Bréfritari: Jakobína Jónsdóttir
Viðtakandi: Sólveig Jónsdóttir
Dagsetning: A-1858-03-28
Skrifað á: Hólmum  S-Múl.
systir bréfviðtakanda

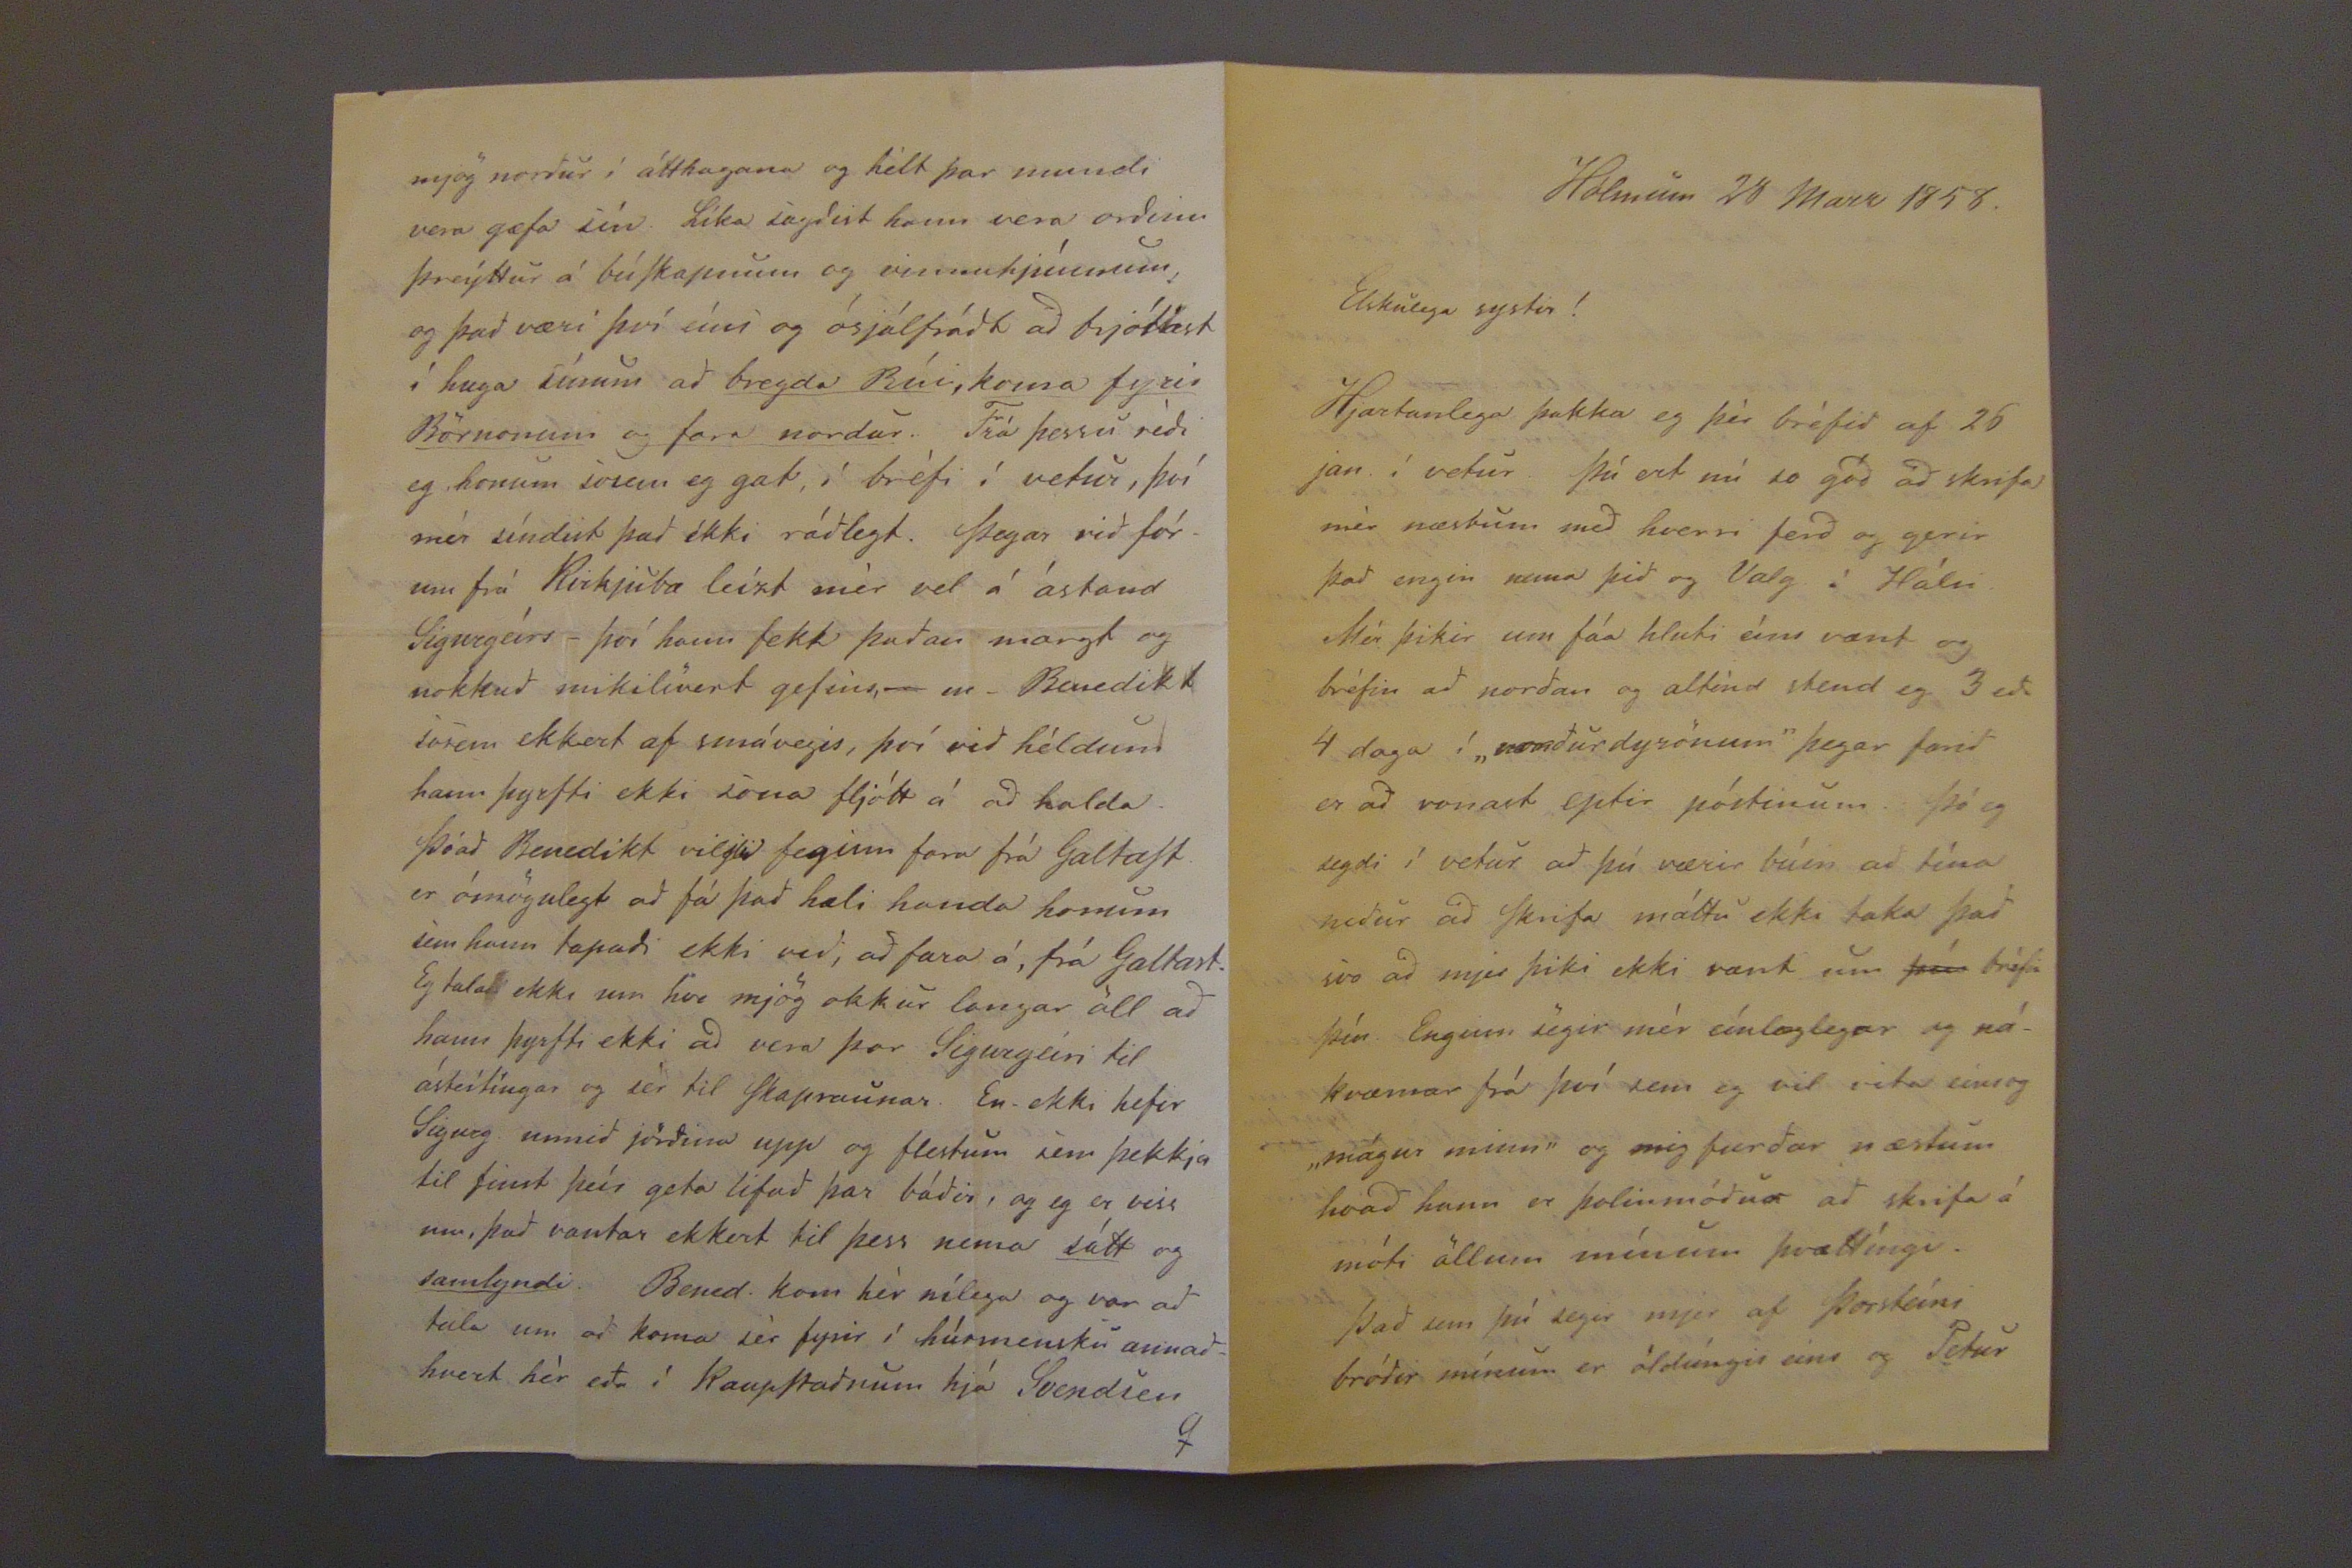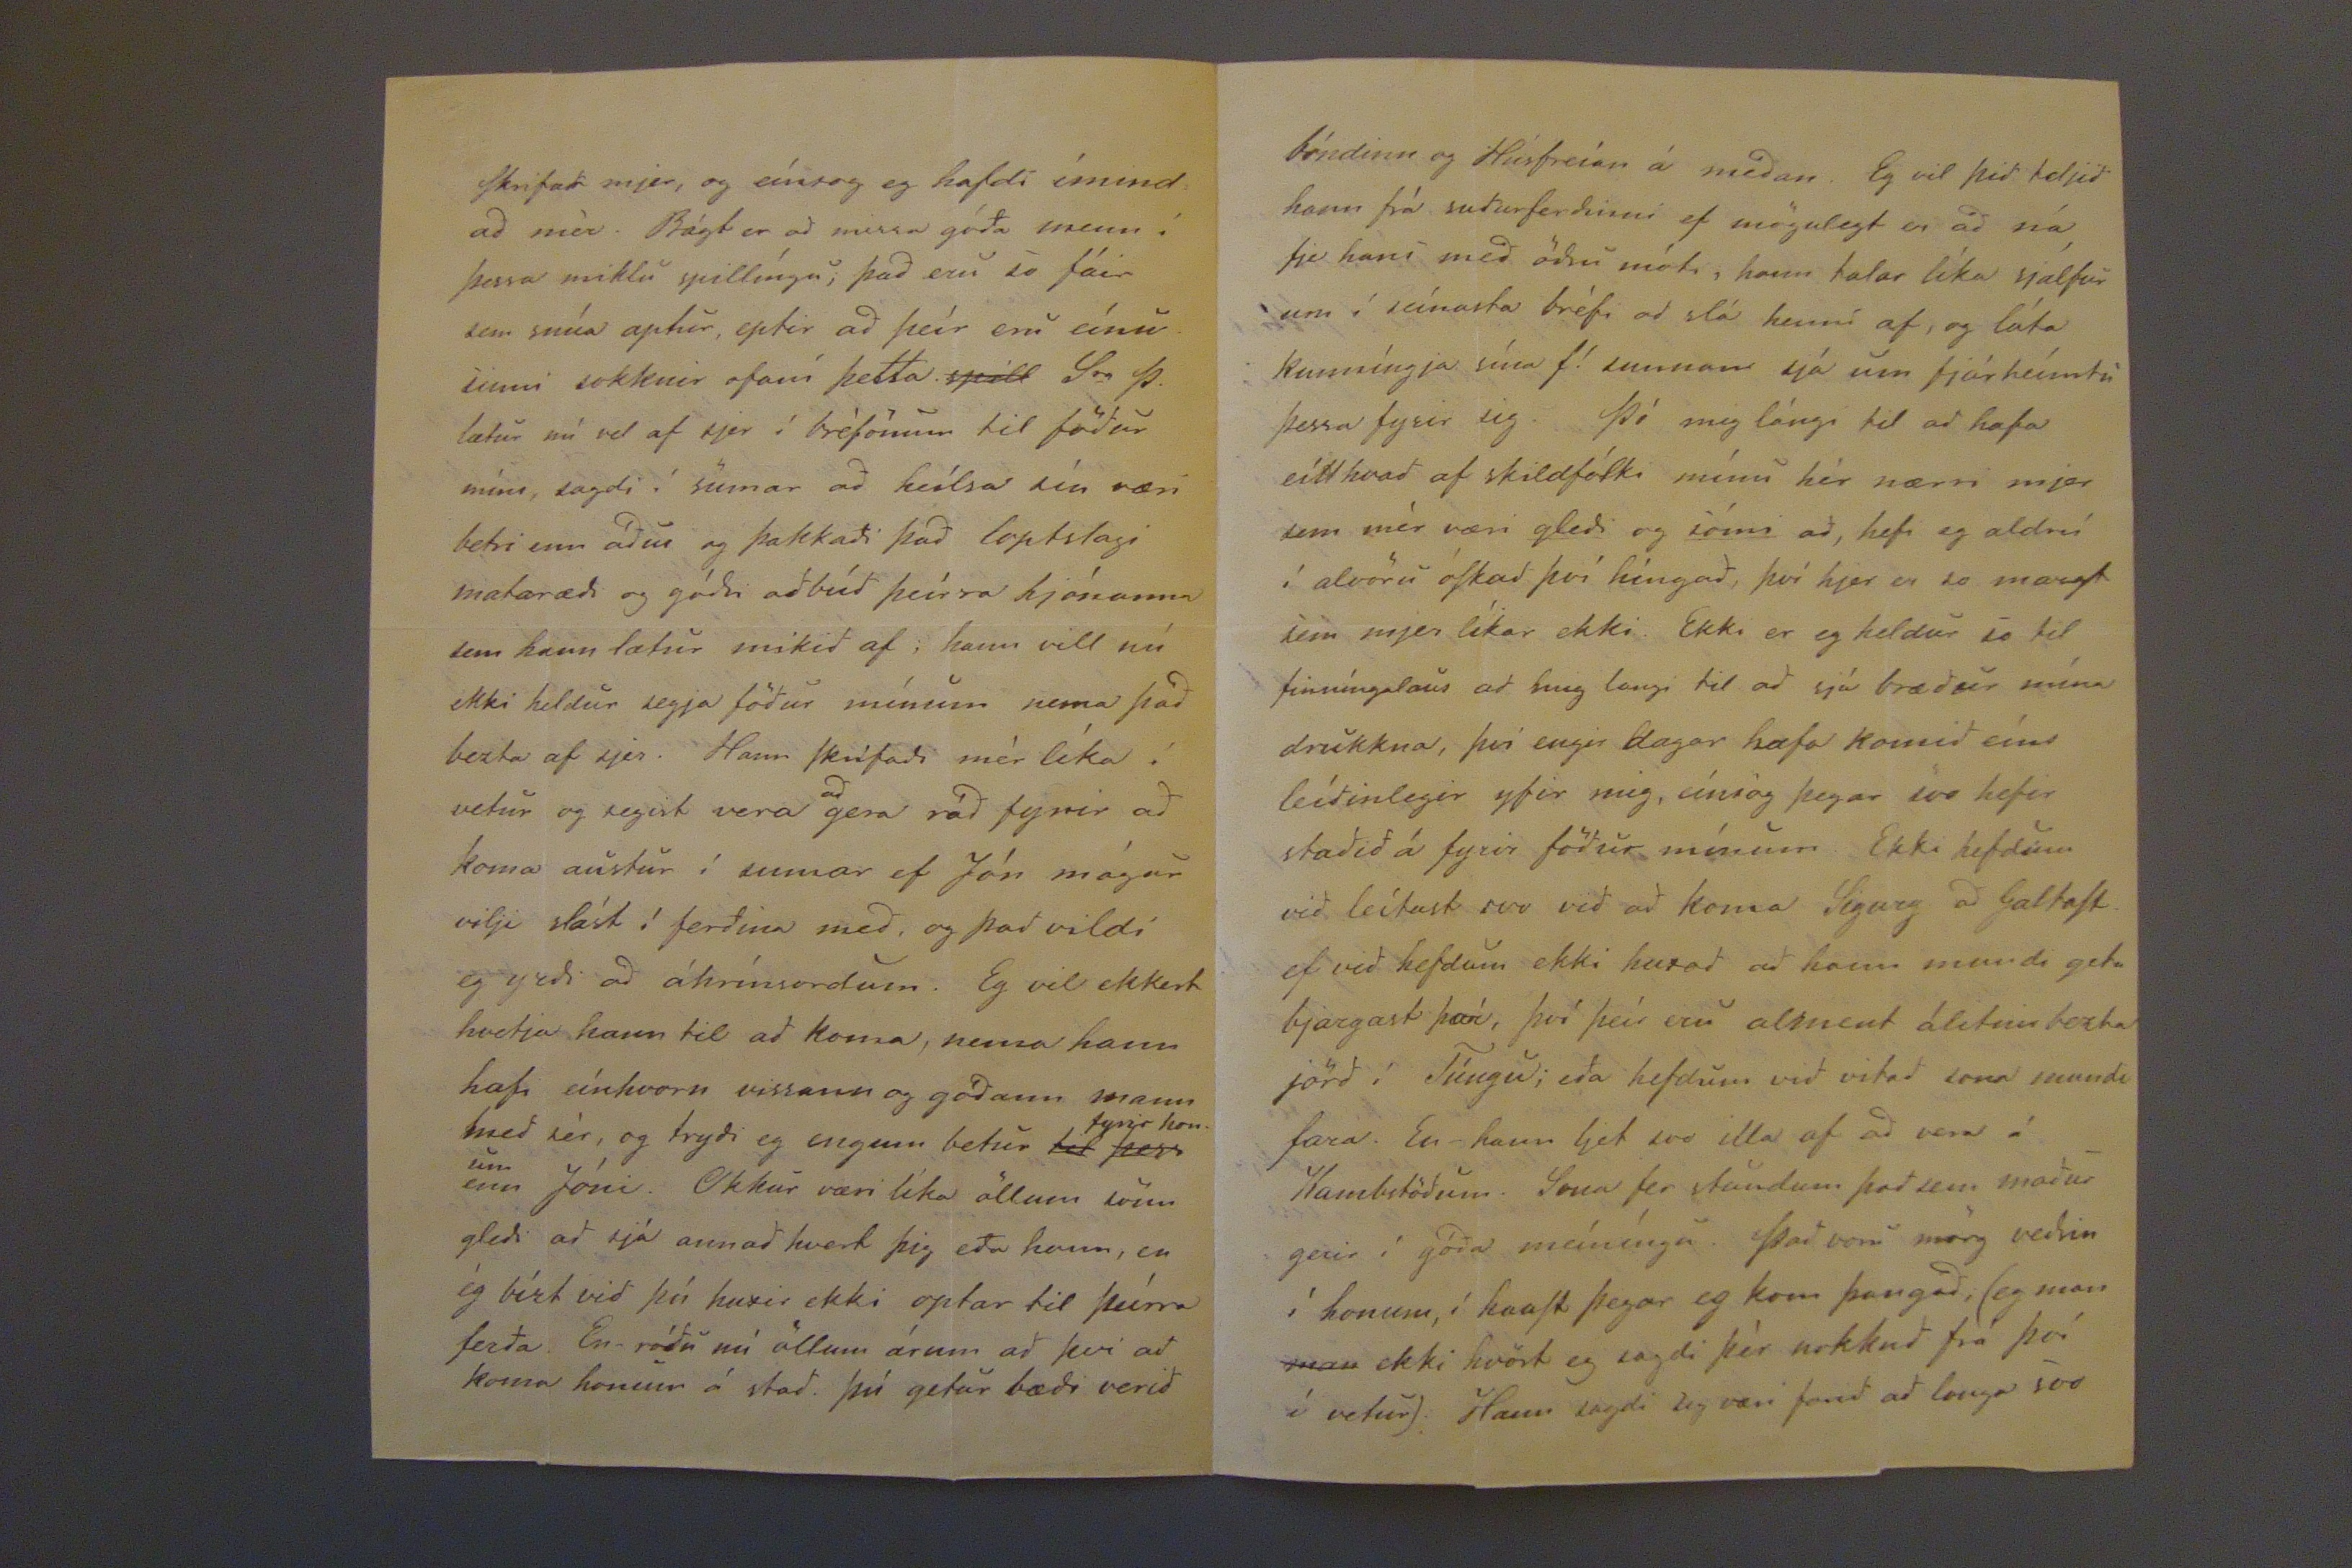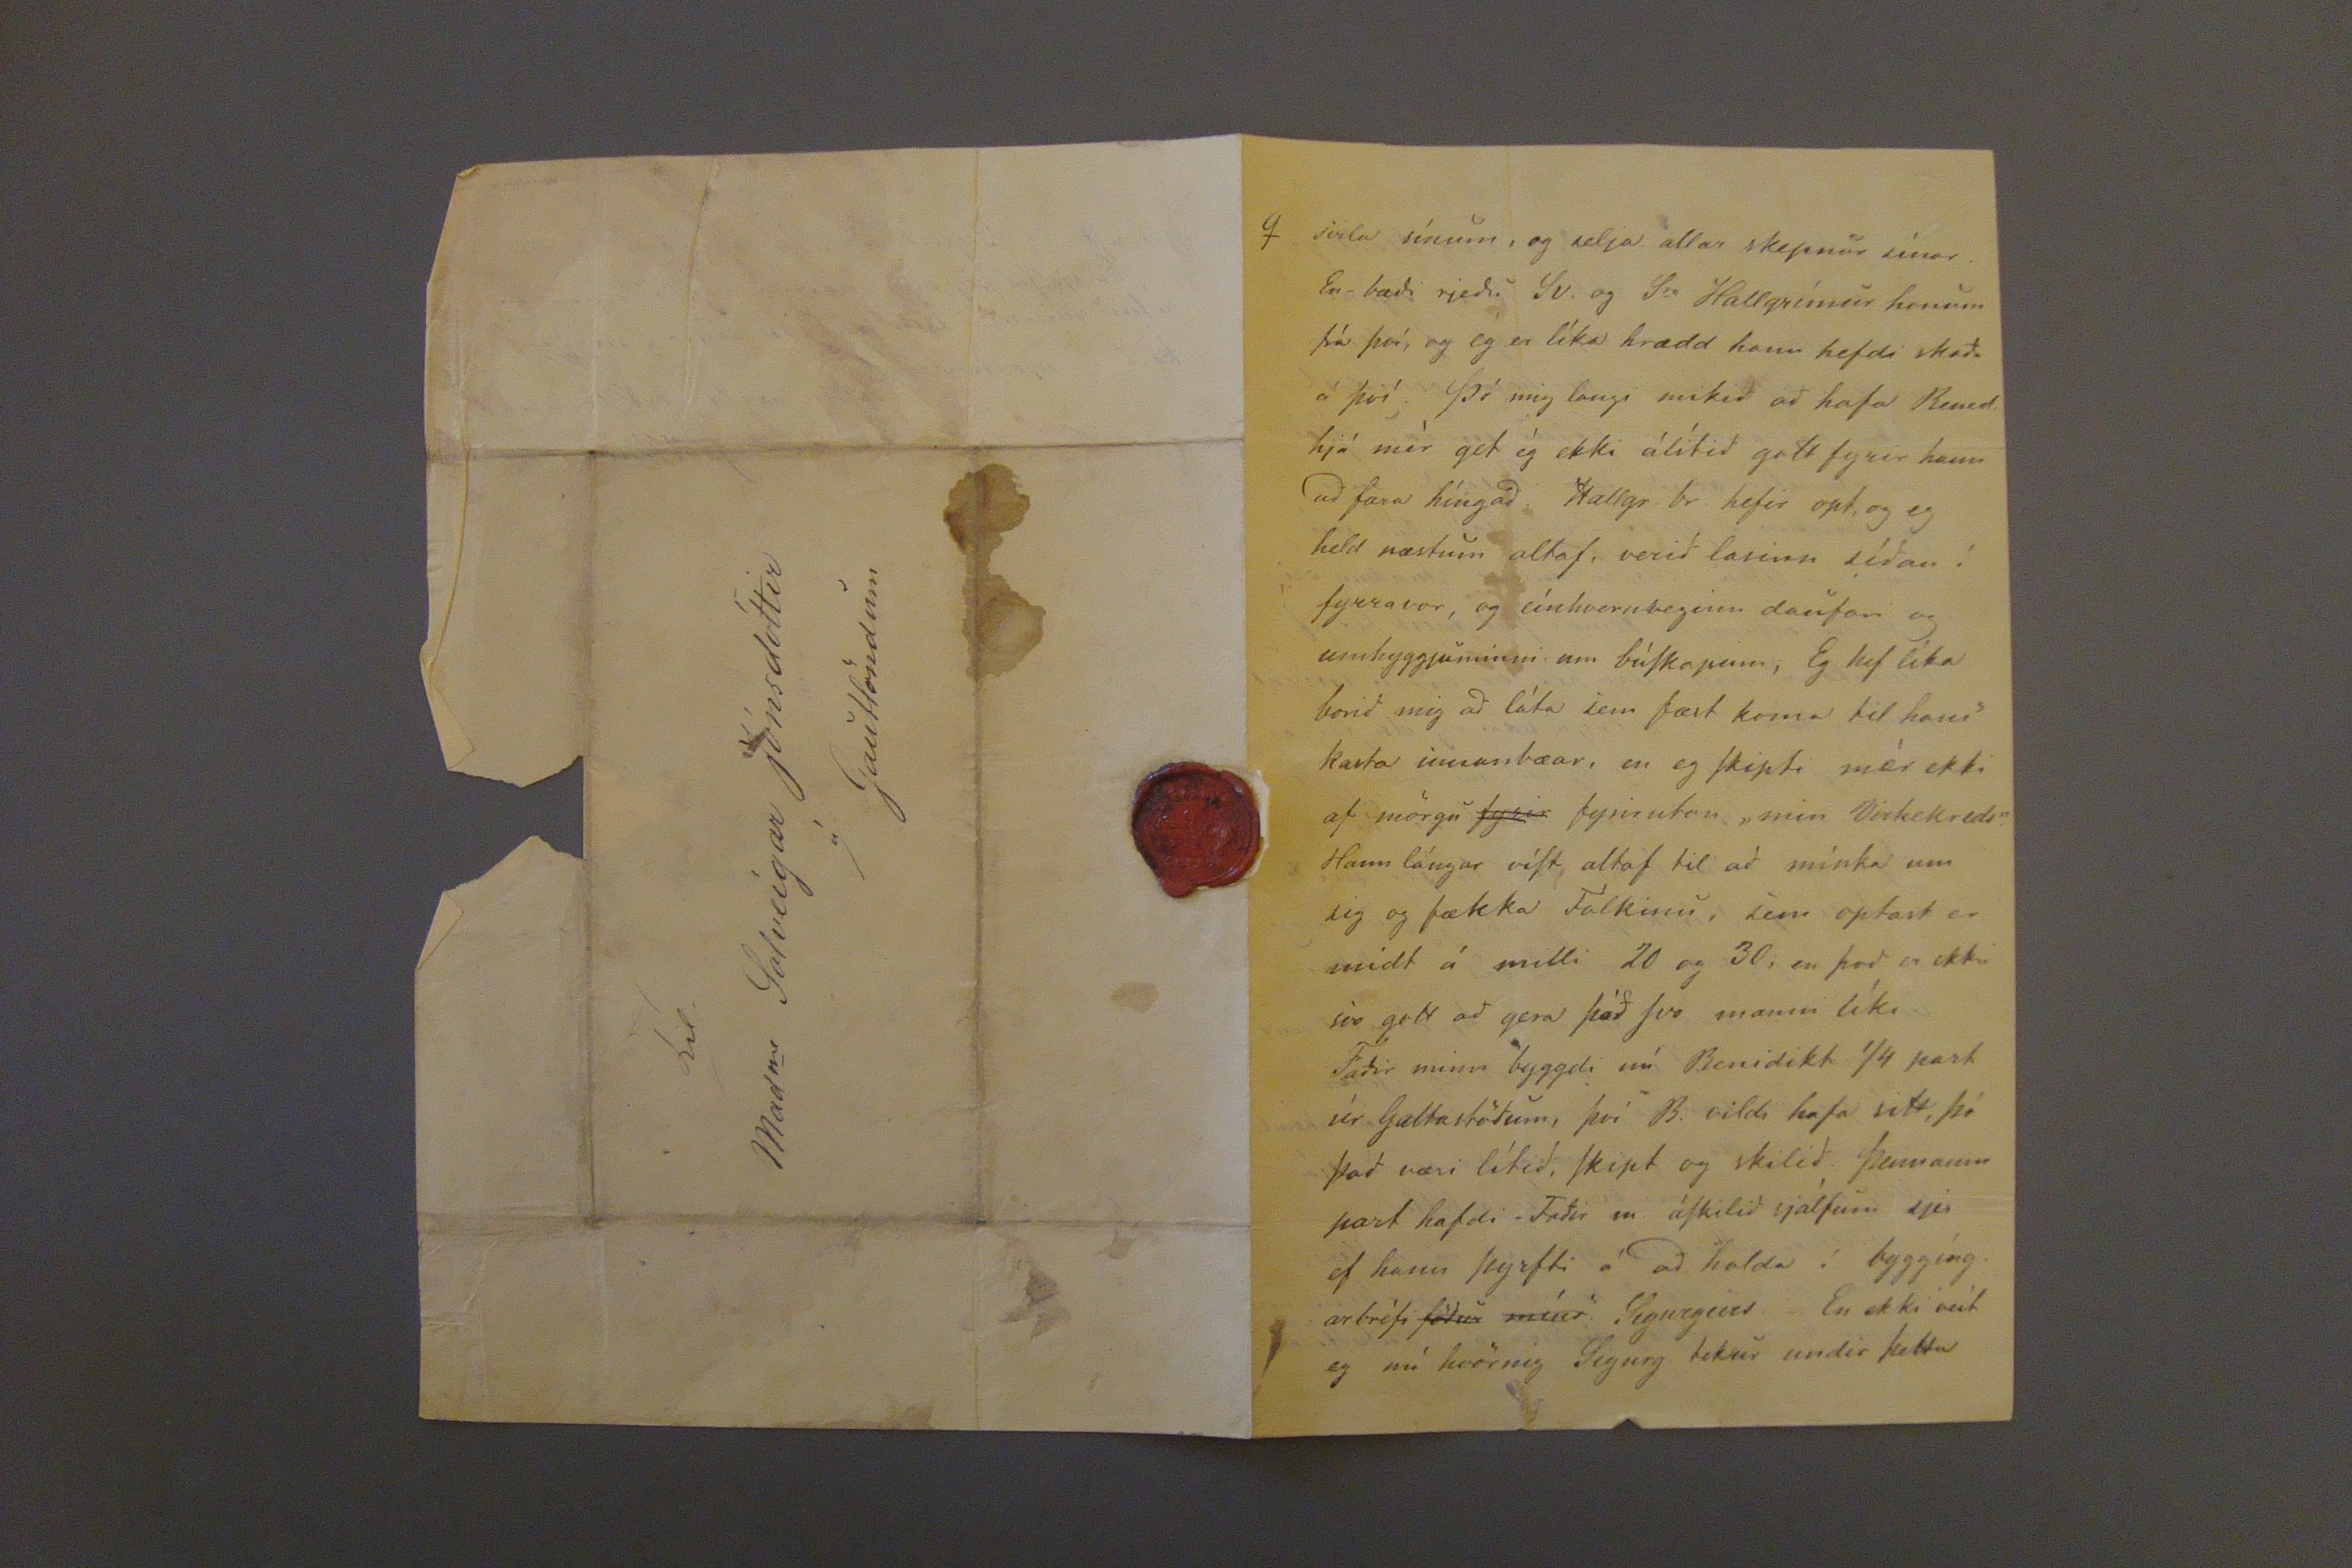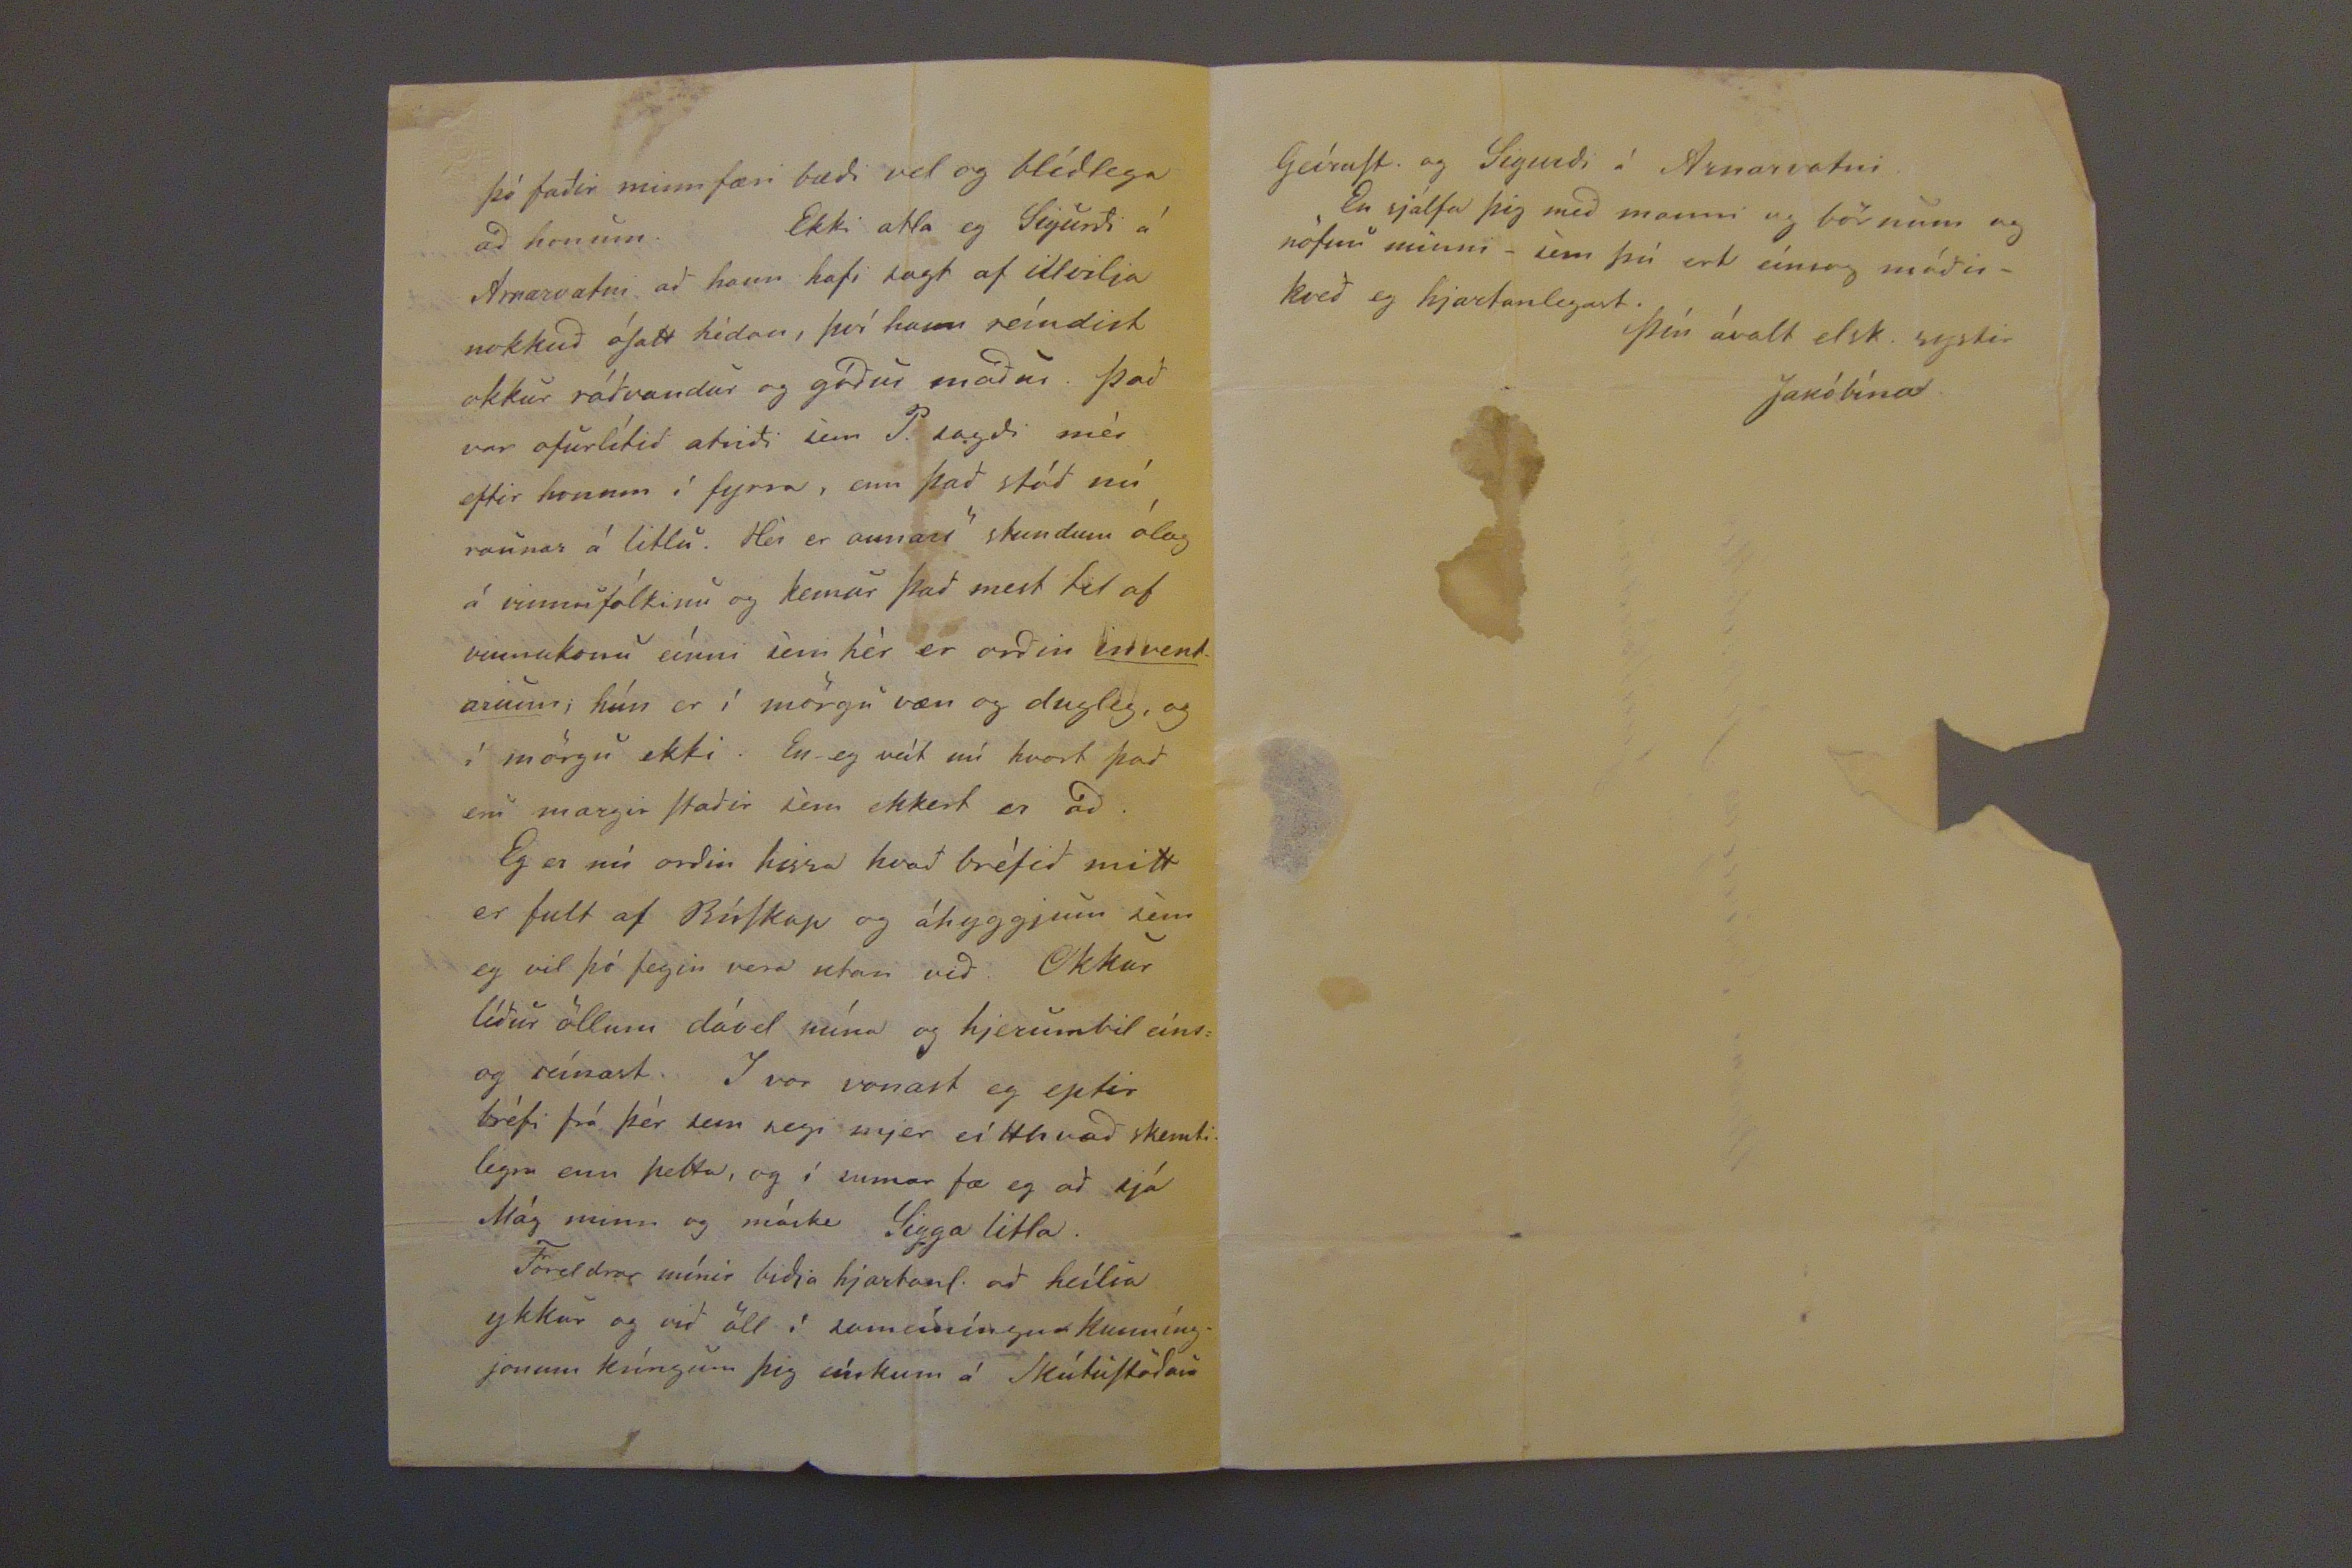

Hólmum 28 Marz 1858.
Elskulega systir!
Hjartanlega þakka eg þér bréfid af 26 jan í vetur. Þú ert nú so gód ad skrifa mér næstum med hverri ferd og gerir þad engin nema þid og Valg. á Hálsi. Mér þikir um fáa hluti eíns vænt og bréfin ad nordan og altóna stend eg 3 eda 4 daga í "nordurdyrönum" þegar farid er ad vonast eptir póstinum. Þó eg segdi í vetur ad þú værir búin ad tína nidur ad Skrifa máttu ekki taka þad svo ad mjer þiki ekki vænt um
þér
bréfin þín. Enginn segir mér eínlæglegar og nákvæmar frá því sem eg vil vita einsog "mágur minn" og mig furdar næstum hvad hann er þolinmódur ad skrifa á móti öllum mínum þvættíngi. Þad sem þú segir mjer af Þorsteíni bródir mínum er öldúngis eins og Petur
Skrifadi mjer, og eínsog eg hafdi ímindad mér. Bágt er ad missa góda menn í þessa miklu spillíngu, þad eru so fáir sem snúa aptur, eptir ad þeír eru eínu sinni sokknir ofaní þetta.
spilt
Sr Þ. lætur nú vel af sjer í bréfönum til födur míns, sagdi í sumar ad heílsa sín væri betri enn ádur og þakkadi þad loptslagi matarædi og gódu adbúd þeírra hjónanna sem hann lætur mikid af; hann vill nú ekki heldur segja födur mínum nema þad bezta af sjer. Hann skrifadi mér líka í vetur og segist vera
ad
gera rád fyrir ad koma austur í sumar ef Jón mágur vilji slást í ferdina med, og þad vildieg yrdi ad áhrínsordum. Eg vil ekkert hvetja hann til ad koma, nema hann hafi eínhvern vissann og gódann mann med sér, og trydi eg engum betur
til þess
fyrir honum
enn Jóni. Okkur væri líka öllum sönn gledi ad sjá annad hvort þig eda hann, en ég bízt vid þú huxir ekki optar til þeírra ferda. En ródu nú öllum árum ad því ad koma honum á stad. Þú getur bædi verid
mjög nordur í átthagana og hélt þar mundi vera gæfa sín. Líka sagdist hann vera ordinn þreýttur á búSkapnum og vinnuhjúunum, og þad væri því eíns og ósljálfráds ad brjótast í huga sínum ad
bregda Búin, koma fyrir Börnonum og fara nordur.
Frá þessu rédi eg honum sosem eg gat, í bréfi í vetur, því mér síndist þad ekki rádlegt. Þegar vid fórum frá Kirkjubæ leízt mér vel á ástand Sigurgeírs -því hann fekk þadan margt og nokkud mikilsvert gefins,- ur- Benedikt sosem ekkert af smávegis, því vid héldum hann þyrfti ekki sona fljótt á ad halda. Þóad Benedikt vilji feginn fara frá GaltaSt. er ómögulegt ad fá þad hæli handa honum sem hann tapadi ekki vid, ad fara á, frá Galtast. Eg tala ekki um hve mjög okkur langar öll ad hann þyrfti ekki ad vera þar Sigurgeiri til áskílíngar og sér til Skapraunar. En ekki hefir Sigurg. unnid jördina upp og flestum sem þekkja til finst þeír geta lifad þar bádir, og eg er viss um, þad vantar ekkert til þess nema
sátt
og
samlyndi
. Bened. kom hér nílega og var ad tala um ad koma sér fyrir í húsmensku annadhvort hér eda í KaupStadnum hjá Svendsen (q)
bóndinn og Húsfreían á medan. Eg vil þid teljid hann frá sudurferdinni ef mögulegt er ad ná fje hans med ödru móti, hann talar líka sjálfur um í seínasta bréfi ad slá henni af, og láta kunníngja sína f. sunnan sjá um fjárheímtu þessa fyrir sig. Þó mig lángi til ad hafa eítthvad af skildfólki mínu hér nærri mjer sem mér væri gledi og sómi ad, hefi eg aldreí í alvöru óSkad því hingad, því hjer er so margt sem mjer líkar ekki. Ekki er eg heldur so til finningalaus ad mig langi til ad sjá brædur mína drukkna, því engir dagar hafakomid eíns leídinlegir yfir mig, eínsog þegar svo hefir stadid á fyrir födur mínum. Ekki hefdum vid leítast svo vid ad koma Sigurg ad GaltaSt. ef vid hefdum ekki huxad ad hann mundi geta bjargast þarí, því þeír eru alment álitnir bezta jörd í Túngu; eda hefdum vid vitad sona mundi fara. En hann ljet svo illa af ad vera á Kambstödum. Sona fer stundum þad sem madur gerir í góda meíníngu. Þad voru mörg vedrin í honum, í hauSt þegar eg kom þangad, (eg man
man
ekki hvört eg sagdi þér nokkud frá því í vetur). Hann sagdi sig væri farid ad langa svo
(q) svila sínum, og selja allar skepnur sínar. En bædi rjedu Sv. og Sr Hallgrímur honum frá því,og eg er líka hrædd hann hefdi skada á því. Þó mig langi mikid ad hafa Bened. hjá mér get ég ekki álítid gott fyrir hann ad fara híngad. Hallgr. br. hefir opt, og eg held næstum altaf, verid lasinn sídan í fyrravor, og eínhvernveginn daufari og umhyggjuminni um búSkapinn, Eg hef líka borid mig ad láta sem fæst koma til hans Kaita innanbæar, en eg Skipti mér ekki af mörgu
fyrir
fyrirutan "min Dirkekreds". Hann lángar víSt altaf til ad mínka um sig og fækka Fólkinu, sem optast er midt á milli 20 og 30, en þad er ekki svo gott ad gera þád Svo manni líki. Fadir minn byggdi nú Benidikt 1/4 kart úr Galtastödum, því B. vildi hafa sitt, þó þad væri lítid, Skipt og skilid. Þennann part hafdi -Fadir m. áSkilid sjálfum sjer ef hann þyrfti á ad halda í byggíngarbréfi
födur míns
Sigurgeirs. En ekki veít eg nú hvörnig Sigurg. tekur undir þetta
þó fadir minn færi bædi vel og blídlega ad honum. Ekki atla eg Sigurdi á Arnarvatni ad hann hafi sagt af illvilja nokkud óSatt hédan, því hann reíndist okkur rádvandur og gódur madur. Þad var ofurlítid atridi sem P. sagdi mér eftir honum í fyrra, enn þad stód nú raunar á litlu. Hér er annars stundum ólag á vinnufólkinu og kemur þad mest til af vinnukonu eínni sem hér er ordin
invendarunn
, hún er í mörgu væn og dugleg, og í mörgu ekki. En eg veít nú hvort þad eru margir Stadir sem ekker er ad. Eg er nú ordin hissa hvad bréfid mitt er fult af BúSkap og áhyggjum sem eg vil þó fegin vera utan vid. Okkur lídur öllum dávil núna og eptir bréfi frá þér sem segi mjer eítthvad skemtilegra enn þetta, og í sumar fæ eg ad sjá Mág minn og máske Sigga litla.
Foreldrar mínir bidja hjartanl. ad heílsa ykkur og vid öll í sameíningu kunníngjonum kríngum þig eínkum á SkútuStödum
til
Mad
m
Solveíg Jónsdóttir
á/
Gautlöndum
Jakóbína.